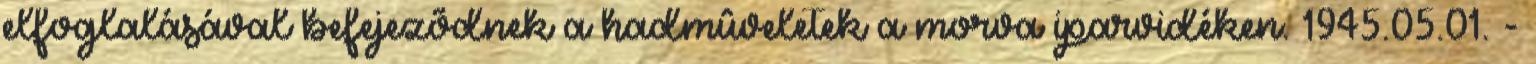
elfoglalásával befejezõdnek a hadmûveletek a morva iparvidéken. 1945.05.01. -